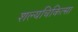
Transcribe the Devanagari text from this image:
शल्‍यचिकित्‍सा